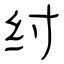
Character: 纣